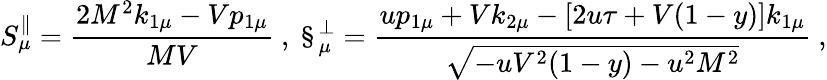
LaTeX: S_{\mu}^{\parallel}=\frac{2M^{2}k_{1\mu}-Vp_{1\mu}}{MV}\ ,\ \S_{\mu}^{\bot}=\frac{up_{1\mu}+Vk_{2\mu}-[2u\tau+V(1-y)]k_{1\mu}}{\sqrt{-uV^{2}(1-y)-u^{2}M^{2}}}\ ,